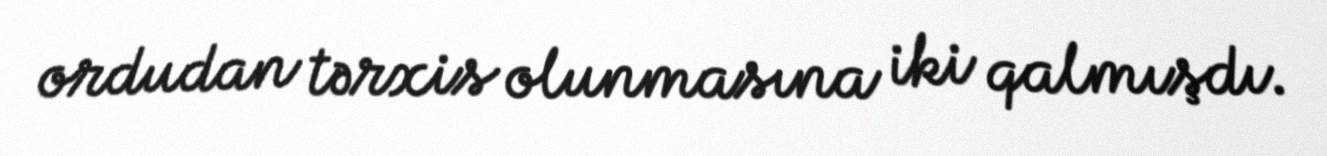
ordudan tərxis olunmasına iki qalmışdı.